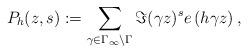
LaTeX: \begin{align*} P_h(z,s):=\sum_{\gamma \in\Gamma_\infty \backslash \Gamma} \Im(\gamma z)^s e\left(h \gamma z\right),\end{align*}